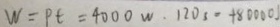
W = P t = 4 0 0 0 w \cdot 1 2 0 _ { 3 } = 4 8 0 0 0 0